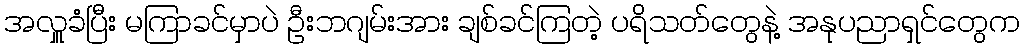
အလှူခံပြီး မကြာခင်မှာပဲ ဦးဘဂျမ်းအား ချစ်ခင်ကြတဲ့ ပရိသတ်တွေနဲ့ အနုပညာရှင်တွေက